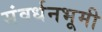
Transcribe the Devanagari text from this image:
संवर्धनभूमी